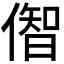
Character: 𫣠